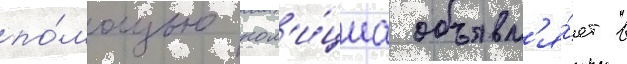
по́мощью пол'и́циа объявл'я́ет в